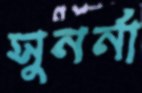
সুনর্না